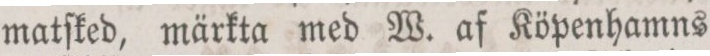
matſked, märkta med W. af Köpenhamns